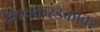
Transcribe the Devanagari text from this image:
विश्वकरंडकावर